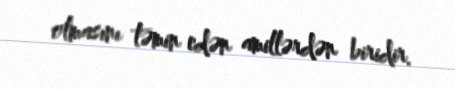
olmasını təmin edən amillərdən biridir.